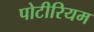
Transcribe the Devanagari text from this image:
पोटीरियम